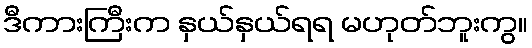
ဒီကားကြီးက နှယ်နှယ်ရရ မဟုတ်ဘူးကွ။